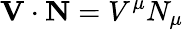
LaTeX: \mathbf{V}\cdot\mathbf{N}=V^{\mu}N_{\mu}